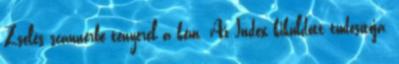
Zselés scannerbe tenyerel a kém. Az Index kiküldött tudósítója,